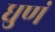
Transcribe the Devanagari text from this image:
धुणं